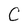
Character: C